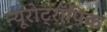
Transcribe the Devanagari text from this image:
न्यूरोट्रॉपिक